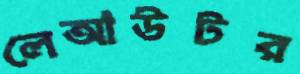
লেআউটর